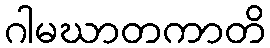
ဂါမဃာတကာတိ